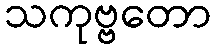
သကုဗ္ဗတော